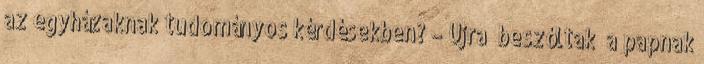
az egyházaknak tudományos kérdésekben? – Újra „beszóltak” a papnak